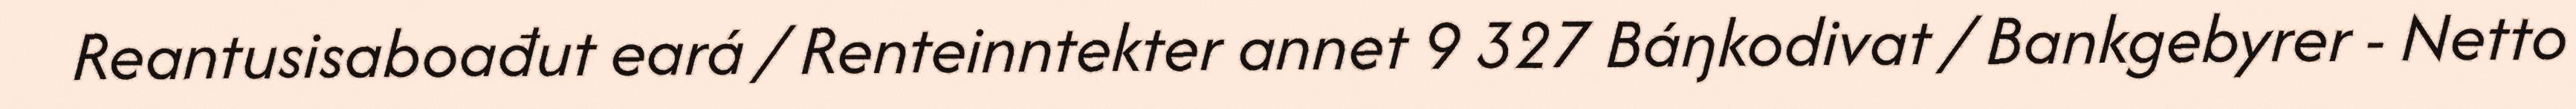
Reantusisaboađut eará / Renteinntekter annet 9 327 Báŋkodivat / Bankgebyrer - Netto